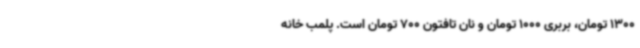
1300 تومان، بربری 1000 تومان و نان تافتون 700 تومان است. پلمب خانه